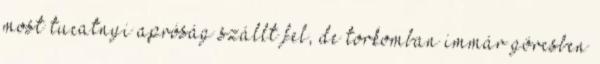
most tucatnyi apróság szállt fel, de torkomban immár görcsben